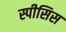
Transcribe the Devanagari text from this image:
स्पीसिस